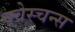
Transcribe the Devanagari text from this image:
क्वेस्चन्स